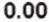
0.00